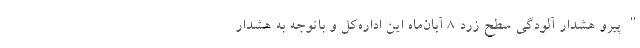
"پیرو هشدار آلودگی سطح زرد ۸ آبان‌ماه این اداره‌کل و باتوجه به هشدار